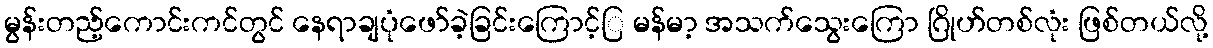
မွန်းတည့်ကောင်းကင်တွင် နေရာချပုံဖော်ခဲ့ခြင်းကြောင့်ြ မန်မာ့ အသက်သွေးကြော ဂြိုဟ်တစ်လုံး ဖြစ်တယ်လို့